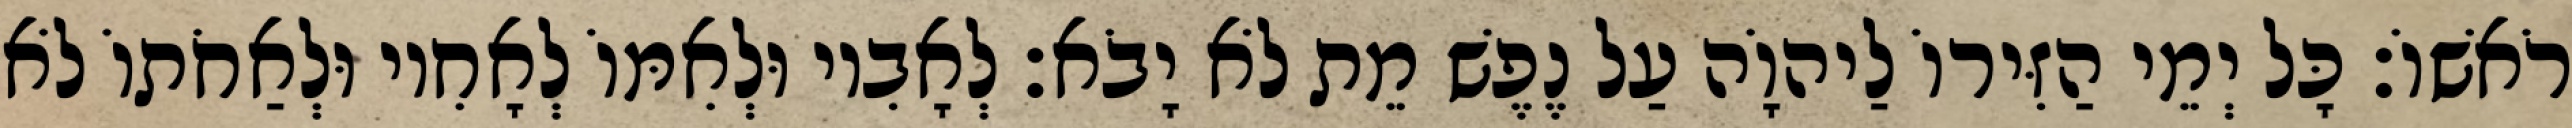
רֹאשׁוֹ׃ כָּל יְמֵי הַזִּירוֹ לַיהוָֹה עַל נֶפֶשׁ מֵת לֹא יָבֹא׃ לְאָבִיו וּלְאִמּוֹ לְאָחִיו וּלְאַחֹתוֹ לֹא